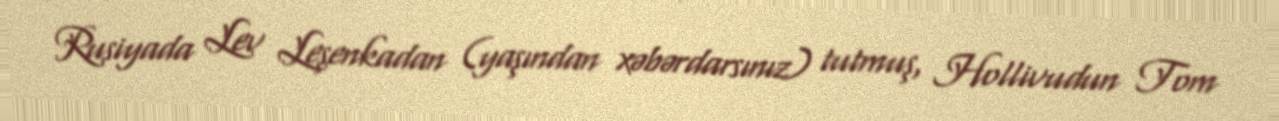
Rusiyada Lev Leşenkadan (yaşından xəbərdarsınız) tutmuş, Hollivudun Tom